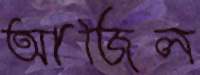
আজিল